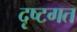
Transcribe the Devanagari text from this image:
दृष्टगत